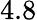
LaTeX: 4.8